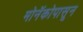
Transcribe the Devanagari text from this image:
मोनॅकोपासून